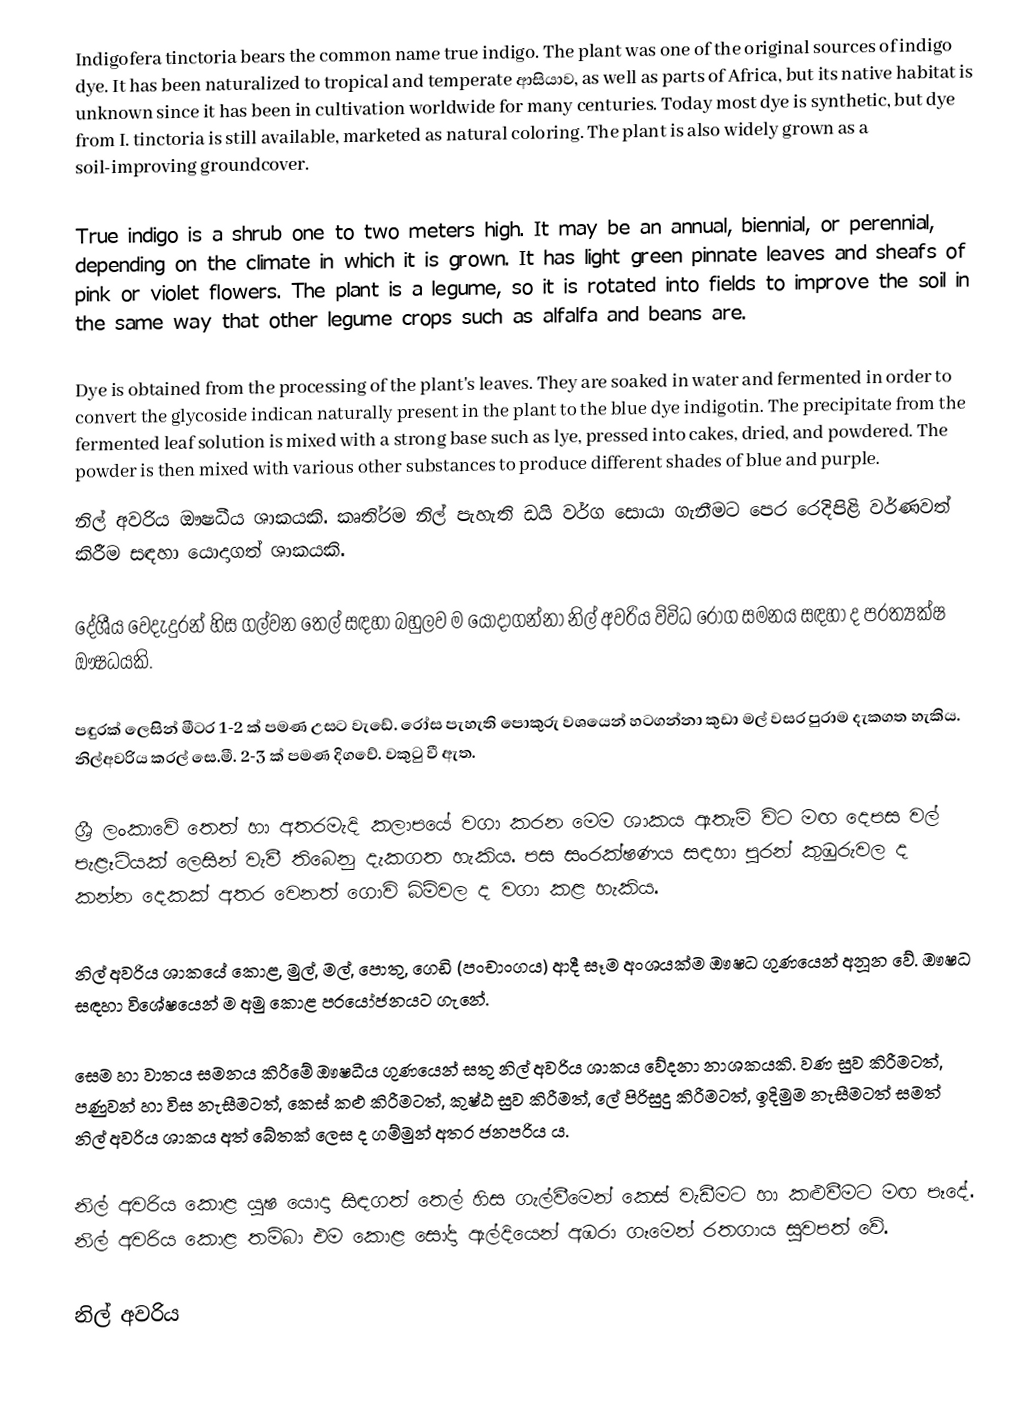
Indigofera tinctoria bears the common name true indigo. The plant was one of the original sources of indigo dye. It has been naturalized to tropical and temperate ආසියාව, as well as parts of Africa, but its native habitat is unknown since it has been in cultivation worldwide for many centuries. Today most dye is synthetic, but dye from I. tinctoria is still available, marketed as natural coloring. The plant is also widely grown as a soil-improving groundcover.

True indigo is a shrub one to two meters high. It may be an annual, biennial, or perennial, depending on the climate in which it is grown. It has light green pinnate leaves and sheafs of pink or violet flowers. The plant is a legume, so it is rotated into fields to improve the soil in the same way that other legume crops such as alfalfa and beans are.

Dye is obtained from the processing of the plant's leaves. They are soaked in water and fermented in order to convert the glycoside indican naturally present in the plant to the blue dye indigotin. The precipitate from the fermented leaf solution is mixed with a strong base such as lye, pressed into cakes, dried, and powdered. The powder is then mixed with various other substances to produce different shades of blue and purple.
නිල් අවරිය ඖෂධීය ශාකයකි. කෘති‍්‍රම නිල් පැහැති ඩයි වර්ග සොයා ගැනීමට පෙර රෙදිපිළි වර්ණවත් කිරීම සඳහා යොදාගත් ශාකයකි.

දේශීය වෙදැදුරන් හිස ගල්වන තෙල් සඳහා බහුලව ම යොදාගන්නා නිල් අවරිය විවිධ රෝග සමනය සඳහා ද ප‍්‍රත්‍යක්ෂ ඖෂධයකි.

පඳුරක් ලෙසින් මීටර 1-2 ක් පමණ උසට වැඩේ. රෝස පැහැති පොකුරු වශයෙන් හටගන්නා කුඩා මල් වසර පුරාම දැකගත හැකිය. නිල්අවරිය කරල් සෙ.මී. 2-3 ක් පමණ දිගවේ. වකුටු වී ඇත.

ශ‍්‍රී ලංකාවේ තෙත් හා අතරමැදි කලාපයේ වගා කරන මෙම ශාකය ඇතැම් විට මඟ දෙපස වල් පැළෑටියක් ලෙසින් වැවී තිබෙනු දැකගත හැකිය. පස සංරක්ෂණය සඳහා පුරන් කුඹුරුවල ද කන්න දෙකක් අතර වෙනත් ගොවි බිම්වල ද වගා කළ හැකිය.

නිල් අවරිය ශාකයේ කොළ, මුල්, මල්, පොතු, ගෙඩි (පංචාංගය) ආදී සෑම අංශයක්ම ඖෂධ ගුණයෙන් අනූන වේ. ඖෂධ සඳහා විශේෂයෙන් ම අමු කොළ ප‍්‍රයෝජනයට ගැනේ.

සෙම හා වාතය සමනය කිරීමේ ඖෂධීය ගුණයෙන් සතු නිල් අවරිය ශාකය වේදනා නාශකයකි. වණ සුව කිරීමටත්, පණුවන් හා විස නැසීමටත්, කෙස් කළු කිරීමටත්, කුෂ්ඨ සුව කිරීමත්, ලේ පිරිසුදු කිරීමටත්, ඉදිමුම නැසීමටත් සමත් නිල් අවරිය ශාකය අත් බේතක් ලෙස ද ගම්මුන් අතර ජනප‍්‍රිය ය.

නිල් අවරිය කොළ යුෂ යොදා සිඳගත් තෙල් හිස ගැල්වීමෙන් කෙස් වැඩීමට හා කළුවීමට මඟ පෑදේ. නිල් අවරිය කොළ තම්බා එම කොළ සෝදා ඇල්දියෙන් අඹරා ගෑමෙන් රතගාය සුවපත් වේ.

නිල් අවරිය